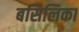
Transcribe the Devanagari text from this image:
बसिलिका